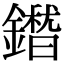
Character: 𮣕